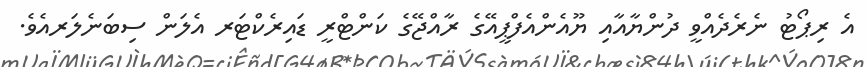
އެ ރިޕޯޓު ނެރެދެއްވީ ދުންޔާއާއި ޔޫއެންއެފްޕީއޭގެ ރާއްޖޭގެ ކަންޓްރީ ޑައިރެކްޓަރ އެލަން ސިބަނެލަރއެވެ.